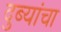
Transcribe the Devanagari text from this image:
दुब्यांचा